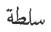
سلطة